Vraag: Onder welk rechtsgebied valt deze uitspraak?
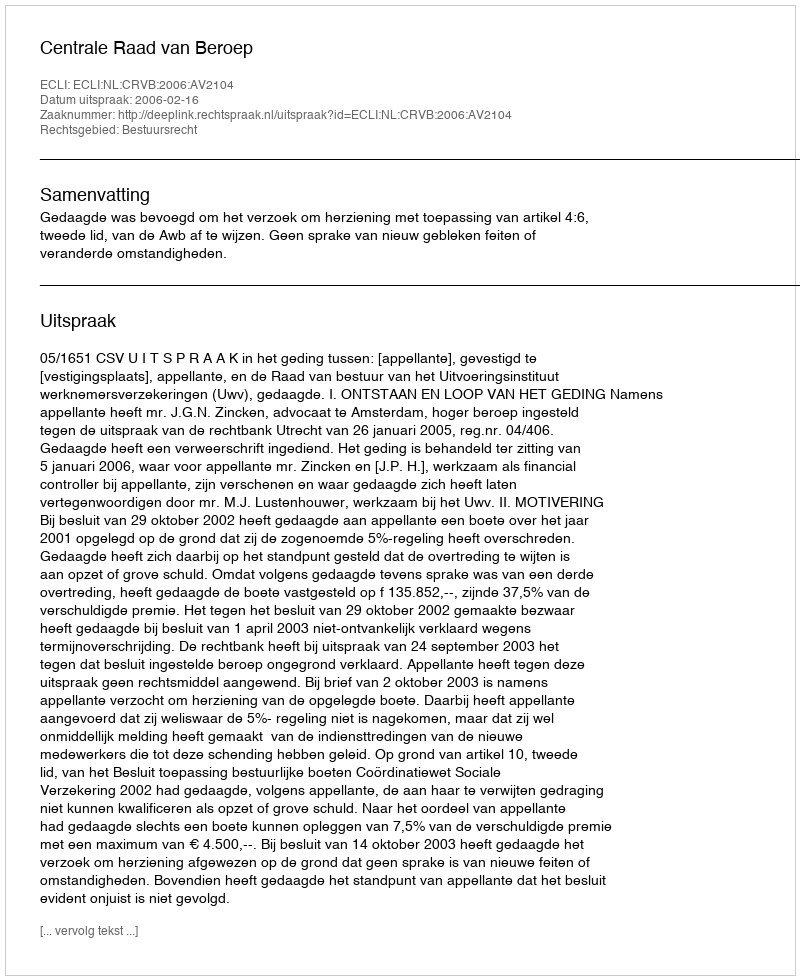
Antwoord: Bestuursrecht